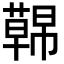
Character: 𮑤